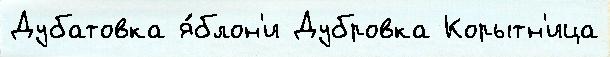
Дубатовка я́блон'и Дубровка Корытн'ица